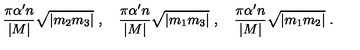
\frac { \pi \alpha ^ { \prime } n } { | M | } \sqrt { | m _ { 2 } m _ { 3 } | } \ , \quad \frac { \pi \alpha ^ { \prime } n } { | M | } \sqrt { | m _ { 1 } m _ { 3 } | } \ , \quad \frac { \pi \alpha ^ { \prime } n } { | M | } \sqrt { | m _ { 1 } m _ { 2 } | } \ .